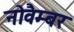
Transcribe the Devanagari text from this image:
नोवैम्बर